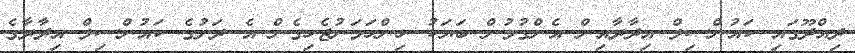
ދިއްދޫގައި ކައުންސިލް އިދާރާއިން އެންގުމުން ބަޔަކު ހިންހަމަނުޖެހިގެން އެ ރަށުގެ ކައުންސިލް އިދާރާގެ